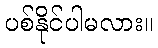
ပစ်နိုင်ပါမလား။